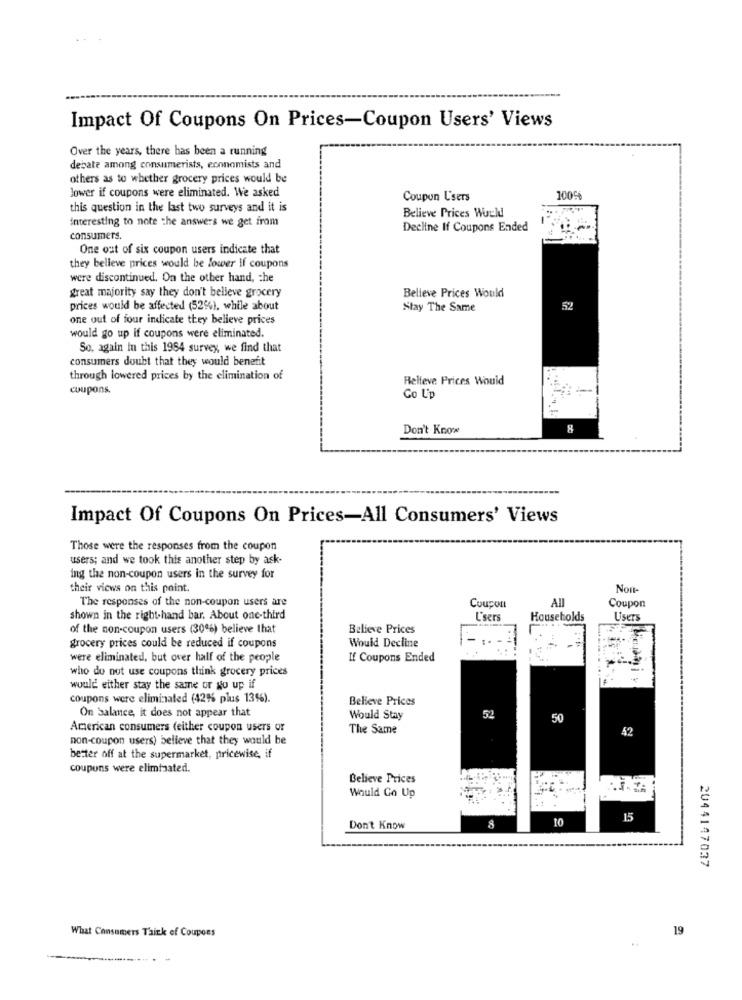
Impact Of Coupons On Prices-Coupon Users' Views
Over the years, there has been a running
debate among consumerists, economists and
others as to whether grocery prices would be
lower if coupons were eliminated. We asked
Coupon Users
1005
this question in the last two surveys and it is
Believe Prices World
interesting to note the answers we get from
Decline If Coupons Ended
consumers.
One out of six coupon users indicate that
they belleve prices would be lower If coupons
were discontinued. On the other hand, che
great majority say they don't believe grocery
Believe Prices Would
prices would be affected (52%), while about
Stay The Same
one out of four indicate they believe prices
would go up if coupons were eliminated.
So, again In this 1984 survey, we find that
consumers doubt that they would benefit
through lowered prices by the elimination of
Relieve Prices Would
coupons.
Co L'p
Don't Know
8
Impact Of Coupons On Prices-All Consumers' Views
Those were the responses from the coupon
users; and we took this another step by ask-
ing the non-coupon users in the survey for
their views on this point.
Non-
All
The responses of the non-coupon users are
Coupon
Coupon
shown in the right-hand bar, About one-third
L'sers
Households
Users
of the non-coupon users (30%) believe that
Believe Prices
grocery prices could be reduced if coupons
Would Decline
were eliminated, but over half of the people
If Coupons Ended
who do not use coupons think grocery prices
would either stay the same or go up if
coupons were eliminated (42% plus 13%).
Believe Prices
On Salance, it does not appear that
Would Stay
50
American consumers (either coupon users or
The Same
42
non-coupon users) believe that they would be
better off at the supermarket, pricewise, if
coupons were eliminated.
Believe Prices
Would Go Up
10
15
Don't Know
2044147037
19
What Consumers Think of Coupons